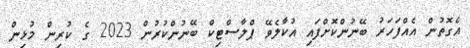
އެގޮތުން އެއްފަހަރު ބޭނުންކޮށްފައި އުކާލެވޭ ޕްލާސްޓިކް ބޭނުންކުރުން 2023 ގެ ކުރިން މުޅިން